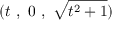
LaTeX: ( t \ , \ 0 \ , \ { \sqrt { t ^ { 2 } + 1 } } )